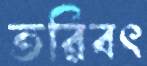
তরিবৎ